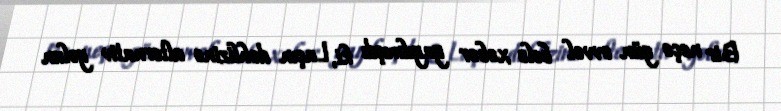
Bir neçə gün əvvəl belə xəbər yayılmışdı ki, Laçın dəhlizinə alternativ yolun